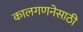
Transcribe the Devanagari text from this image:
कालगणनेसाठी